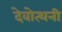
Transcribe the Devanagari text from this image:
देवोत्थनी